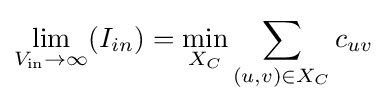
\lim _{V_{\text{in}}\to \infty }(I_{in})=\min _{X_{C}}\sum _{(u,v)\in X_{C}}c_{uv}